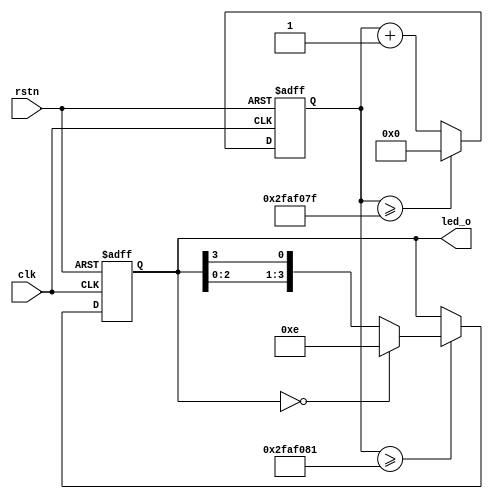
module ledflow(
input clk,
input rstn,
output [3:0]led_o
);


parameter CNT_MAX = 26'd50000000;

reg [25:0] cnt_1s; 
wire flag_1s; 
reg[3:0] led_reg;


always@(posedge clk or negedge rstn) begin
    if(!rstn)
        cnt_1s <= 26'd0;
    else if(cnt_1s >= CNT_MAX - 26'd1) 
        cnt_1s <= 26'd0;
    else
        cnt_1s <= cnt_1s + 26'd1;
end

assign flag_1s = cnt_1s >= CNT_MAX + 26'd1;


always@(posedge clk or negedge rstn) begin
    if(!rstn)
        led_reg <= 4'b0000;
    else if(flag_1s) 
        if(led_reg == 8'b0000)
            led_reg <= 8'b1110;
        else
            led_reg <= {led_reg[2:0],led_reg[3]}; 
    else
        led_reg <= led_reg;
end

assign led_o = led_reg;
endmodule